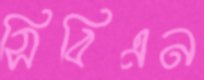
সিবিএন